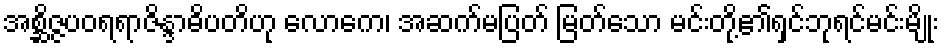
အစ္ဆိဇ္ဇပဝရရာဇိန္ဒာဓိပတိဟု လောကေ၊ အဆက်မပြတ် မြတ်သော မင်းတို့၏ရှင်ဘုရင်မင်းမျိုး